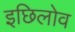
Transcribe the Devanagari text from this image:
इछिलोव